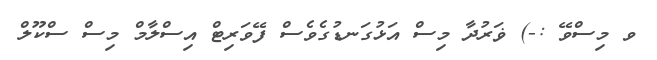
ވ މިސްވޭ :-) ޥަރުދާ މިސް އަޅުގަނޑުގެވެސް ފޭވަރިޓް އިސްލާމް މިސް ސްކޫލް